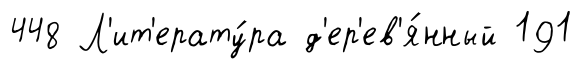
448 Л'ит'ерату́ра д'ер'ев'я́нный 191